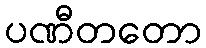
ပဏီတတော